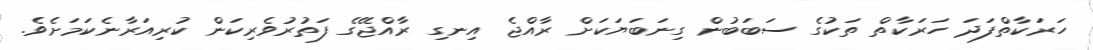
ހަރަކާތްފަދަ ހަރަކާތް ތަކުގެ ސަބަބުން ގިނަބަޔަކަށް ރާއްޖެ އިނގި ރާއްޖޭގެ ފަތުރުވެރިކަން ކުރިއަރާނެކަމަށެވެ.